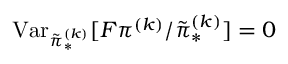
\operatorname { V a r } _ { \tilde { \pi } _ { \ast } ^ { ( k ) } } [ F \pi ^ { ( k ) } / \tilde { \pi } _ { \ast } ^ { ( k ) } ] = 0